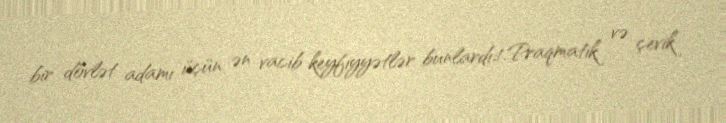
bir dövlət adamı üçün ən vacib keyfiyyətlər bunlardı:1.Praqmatik və çevik